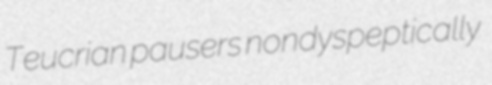
Teucrian pausers nondyspeptically